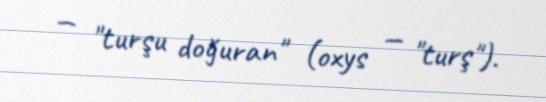
— "turşu doğuran" (oxys — "turş").